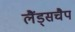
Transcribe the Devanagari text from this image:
लैंड्सचैप